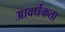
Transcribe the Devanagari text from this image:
आवर्धकता